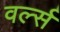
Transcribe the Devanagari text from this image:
वर्ल्स